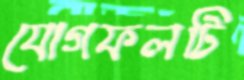
যোগফলটি